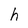
Character: h